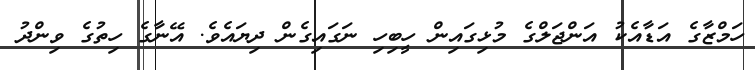
ހަމްޒާގެ އަޑާއެކު އަންޖަލްގެ މުޅިގައިން ހީބިހި ނަގައިގެން ދިޔައެވެ. އޭނާގެ ހިތުގެ ވިންދު